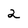
Character: 2